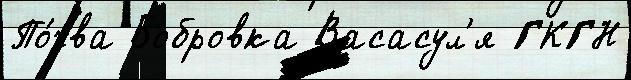
По́чва Бобровка Васасул'я ГКГН